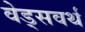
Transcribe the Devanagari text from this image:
वेड्सवर्थ